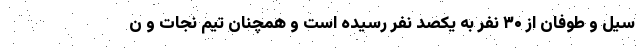
سیل و طوفان از ۳۰ نفر به یکصد نفر رسیده است و همچنان تیم نجات و ن